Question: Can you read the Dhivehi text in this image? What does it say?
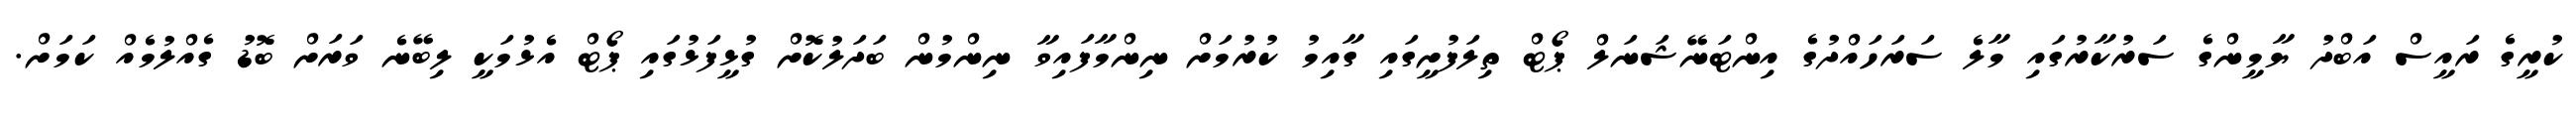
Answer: ކުރީގެ ރައީސް އަބްދު ޔާމީންގެ ސަރުކާރުގައި މާލެ ސަރަހައްދުގެ އިންޓަނޭޝަނަލް ޕޯޓް ތިލަފުށީގައި ގާއިމު ކުރުމަށް ނިންމާފައިވާ ނިންމުން ބަދަލުކޮށް ގުޅީފަޅުގައި ޕޯޓް އެޅުމަކީ ލިބޭނެ ވަރަށް ބޮޑު ގެއްލުމެއް ކަމަށް.